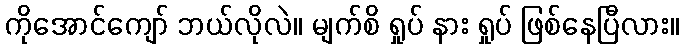
ကိုအောင်ကျော် ဘယ်လိုလဲ။ မျက်စိ ရှုပ် နား ရှုပ် ဖြစ်နေပြီလား။